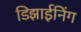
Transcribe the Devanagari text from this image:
डिझाईनिंग